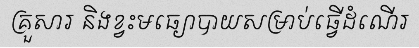
គ្រួសារ និងខ្វះមធ្យោបាយសម្រាប់ធ្វើដំណើរ